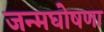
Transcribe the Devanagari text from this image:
जन्मघोषणा